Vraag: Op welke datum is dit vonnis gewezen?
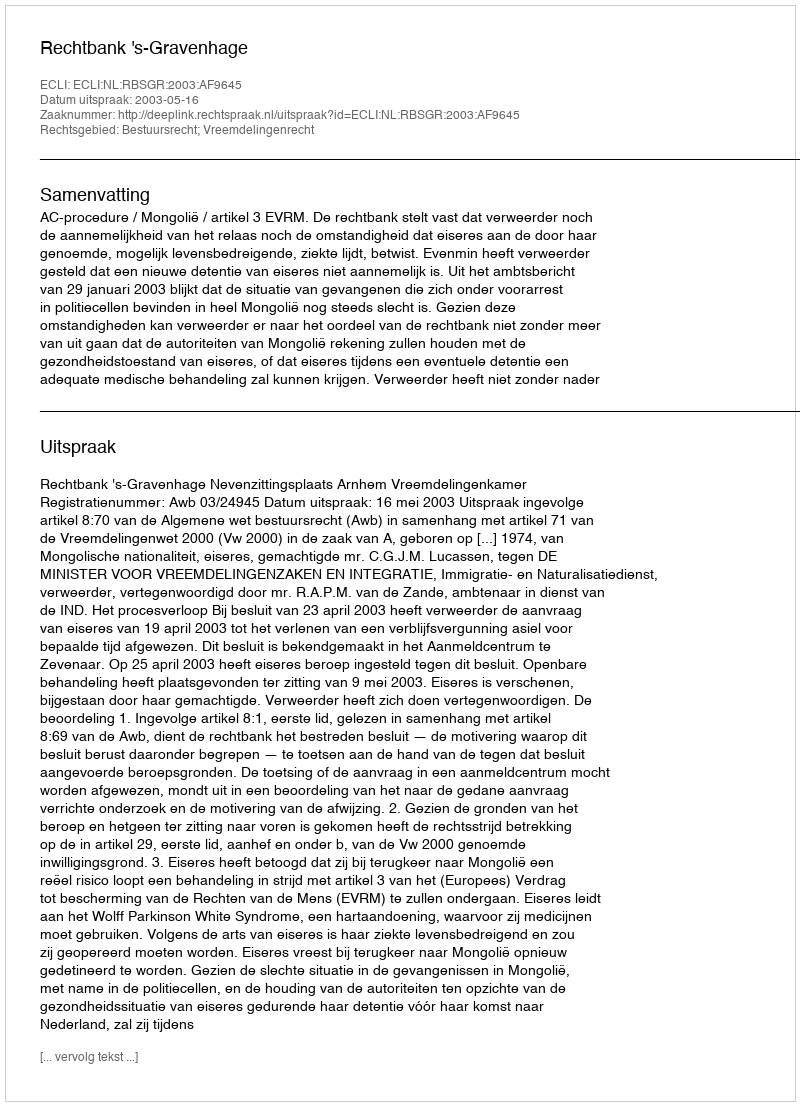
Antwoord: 2003-05-16